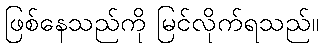
ဖြစ်နေသည်ကို မြင်လိုက်ရသည်။